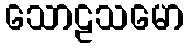
သောဠသမော